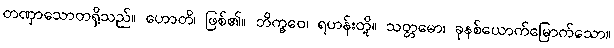
တဏှာသောတရှိသည်။ ဟောတိ၊ ဖြစ်၏။ ဘိက္ခဝေ၊ ရဟန်းတို့။ သတ္တမော၊ ခုနစ်ယောက်မြောက်သော။